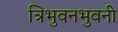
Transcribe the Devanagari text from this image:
त्रिभुवनभुवनी